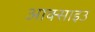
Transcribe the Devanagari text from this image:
आक्साइउ